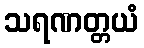
သရဏတ္တယံ